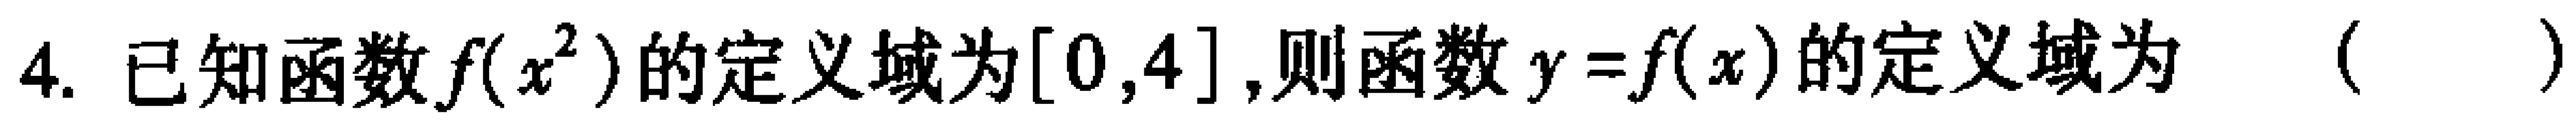
4. 已知函数$f(x^{2})$的定义域为$[0,4]$,则函数$y = f(x)$的定义域为 （  ）